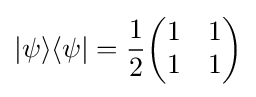
|\psi \rangle \langle \psi |={\frac {1}{2}}{\begin{pmatrix}1&1\\1&1\end{pmatrix}}